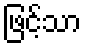
ဖြင့်သာ